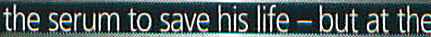
the serum to save his life - but at the